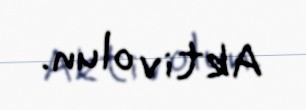
Aktiv olun.